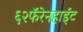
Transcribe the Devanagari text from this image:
६२फॅरेनहाईट